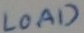
Text: LOAD